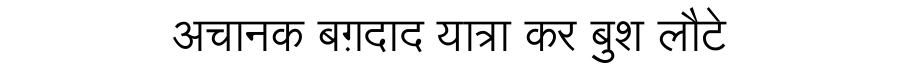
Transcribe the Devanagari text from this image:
अचानक बग़दाद यात्रा कर बुश लौटे